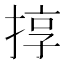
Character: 㨃